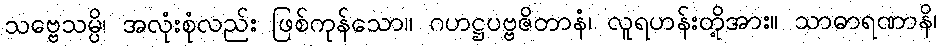
သဗ္ဗေသမ္ပိ၊ အလုံးစုံလည်း ဖြစ်ကုန်သော။ ဂဟဋ္ဌပဗ္ဗဇိတာနံ၊ လူရဟန်းတို့အား။ သာဓာရဏာနိ၊